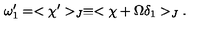
\omega _ { 1 } ^ { \prime } = < \chi ^ { \prime } > _ { J } \equiv < \chi + \Omega \delta _ { 1 } > _ { J } .